Report on vaccination North-West Frontier Province 1904-1922 - 1904-1922
Year: 1904
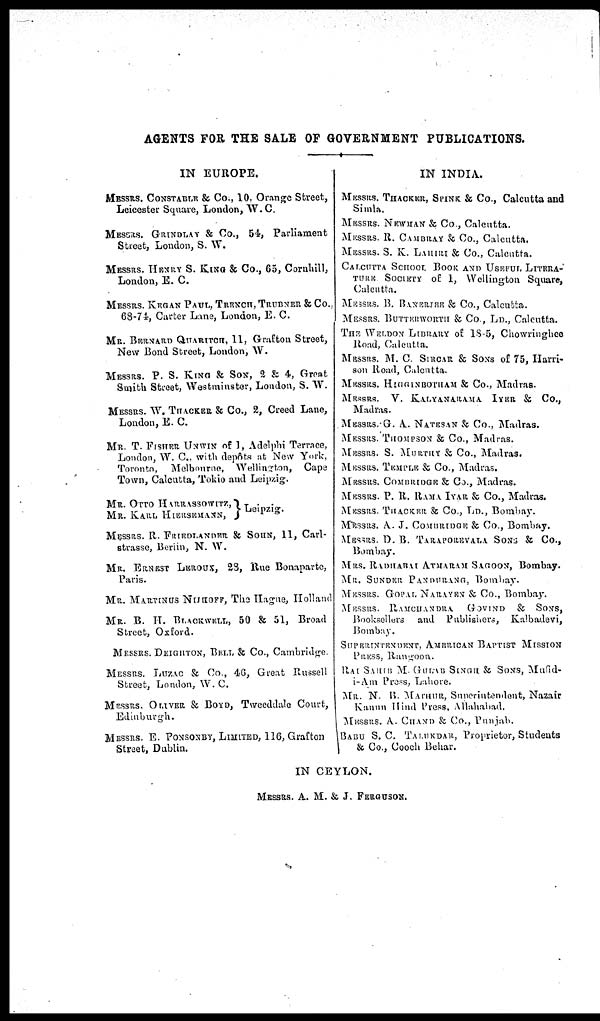
AGENTS FOR THE SALE OF GOVERNMENT PUBLICATIONS.
IN EUROPE.
MESSRS. CONSTABLE & Co., 10. Orange Street,
Leicester Square, London, W.C.
MESSRS. GRINDLAY & Co., 54, Parliament
Street, London, S. W.
MESSRS. HENRY S. KING & Co., 65, Cornhill,
London, E. C.
MESSRS. KEGAN PAUL., TRENCH, TRUBNER & Co.
63-74, Carter Lane, London, E. C.
MR. BERNARD QUARITCH, 11, Grafton Street,
New Bond Street, London, W.
MESSRS. P. S. KING & SON, 2 & 4, Great
Smith Street, Westminster, London, S. W.
MESSRS. W. THACKER & Co., 2, Creed Lane,
London, E. C.
MR T. FISHER UNWIN of 1, Adelphi Terrace,
London, W. C. with depôts at New York,
Toronto,
Melbourne, Wellington, Cape
Town, Calcutta, Tokio and Leipzig.
MR. OTTO HARRASSOWITZ.,
MR. KARL HIERSEMANN,
Leipzig.
MESSRS. R. FRIEDLANDER & SOHN, 11, Carl¬
strasse, Beriin, N. W.
MR. ERNEST LEROUX, 28, Rue Bonaparte,
Paris.
MR. MARTINUS NIJHOFF, The Hague, Holland
MR. B. H. BLACKWELL, 50 & 51, Broad
Street, Oxford.
MESSRS. DEIGHTON, BELL & Co., Cambridge
MESSRS. LUZAC & Co., 46, Great Russell
Street, London, W. C.
MESSRS. OLIVER & BOYD, Tweeddalc Court,
Edinburgh.
MESSRS. E. PONSONBY, LIMITED, 116, Grafton
Street, Dublin.
IN INDIA.
MESSRS. THACKER, SPINK & Co., Calcutta and
Simla.
MESSRS. NEWMAN & Co., Calcutta.
MESSRS. R. CAMBRAY & Co., Calcutta.
MESSRS. S. K. LAHIRI & Co., Calcutta.
CALCUTTA SCHOOL BOOK AND USEFUL. LITERA¬
TURE SOCIETY of 1, Wellington Square,
Calcutta.
MESSRS. B. BANERJEE. & Co., Calcutta.
MESSRS. BUTTERWORTH & Co , LD., Calcutta.
THE. WELDON LIBRARY of 18.5, Chowringhee
Road, Calcutta.
MESSRS. M. C. SIRCAR & SONS of 75, Harri-
son Road, Calcutta.
MESSRS. HIGGINBOTHAM & Co., Madras.
MESSRS. V. KALYANARAMA IYER & Co.,
Madras.
MESSRS. G. A. NATESAN & Co., Madras.
MESSRS. THOMPSON & Co., Madras.
MESSRS. S. MURTHY & Co., Madras.
MESSRS. TEMPLE & Co., Madras.
MESSRS. COMBRIDGE & Co., Madras.
MESSRS. P. R. RAMA IYAR & Co., Madras.
MESSRS. THACKER & Co., LD., Bombay.
MESSRS. A. J. COMBRIDGE & Co., Bombay.
MESSRS. D. B. TARAPOREVALA SONS & Co.,
Bombay.
MRS. RADHABAI ATMARAM SAGOON, Bombay.
MR. SUNDER PANDURANG, Bombay.
MESSRS. GOPAL NARAYEN & Co., Bombay.
MESSRS. RAMCHANDRA GOVIND & SONS,
Booksellers and Publishers, Kalbadevi,
Bombay.
SUPERINTENDENT, AMERICAN BAPTIST MISSION
PRESS, Rangoon.
RAI SAHIB M GULAB SINGH & SONS, Mufid¬
i-Am Press, Lahore.
MR. N. B. MATHUR, Superintendent, Nazair
Kanun Hind Press, Allahabad.
MESSRS. A. CHAND & Co., Punjab.
BABU S. C. TALUKDAR, Proprietor, Students
& Co., Cooch Behar.
IN CEYLON.
MESSRS. A. M. & J. FERGUSON.